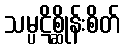
သမ္ပဋိစ္ဆိုန်းစိတ်